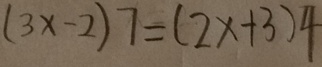
( 3 x - 2 ) 7 = ( 2 x + 3 ) 4